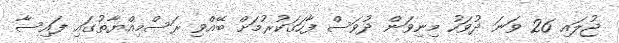
ޖުލައި 26 ވަނަ ދުވަހު މިނިވަން ދުވަސް ފާހަގަކުރުމަށް ބޭއްވި ރަސްމިއްޔާތުގައި ފައިސާ